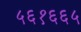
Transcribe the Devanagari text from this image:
५६१६६५